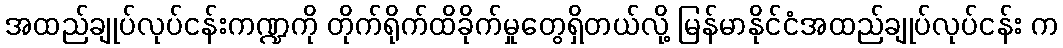
အထည်ချုပ်လုပ်ငန်းကဏ္ဍကို တိုက်ရိုက်ထိခိုက်မှုတွေရှိတယ်လို့ မြန်မာနိုင်ငံအထည်ချုပ်လုပ်ငန်း က